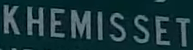
KHEMISSET